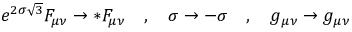
e ^ { 2 \sigma \sqrt { 3 } } F _ { \mu \nu } \rightarrow * F _ { \mu \nu } \quad , \quad \sigma \rightarrow - \sigma \quad , \quad g _ { \mu \nu } \rightarrow g _ { \mu \nu }